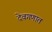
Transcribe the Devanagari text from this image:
देवगणात